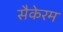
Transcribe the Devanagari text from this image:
सैकेरम